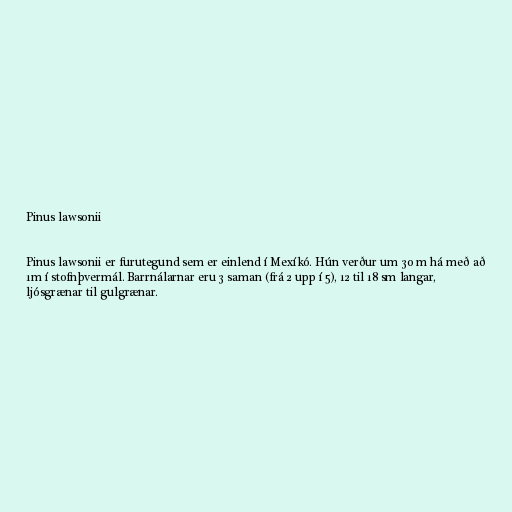
Pinus lawsonii

Pinus lawsonii er furutegund sem er einlend í Mexíkó. Hún verður um 30 m há með að
1m í stofnþvermál. Barrnálarnar eru 3 saman (frá 2 upp í 5), 12 til 18 sm langar,
ljósgrænar til gulgrænar.